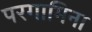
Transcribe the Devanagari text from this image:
परगामिना